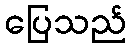
ပြေသည်